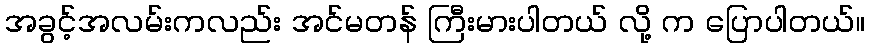
အခွင့်အလမ်းကလည်း အင်မတန် ကြီးမားပါတယ် လို့ က ပြောပါတယ်။